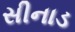
સીનાડ